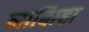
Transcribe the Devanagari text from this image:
नाबिग़्हा